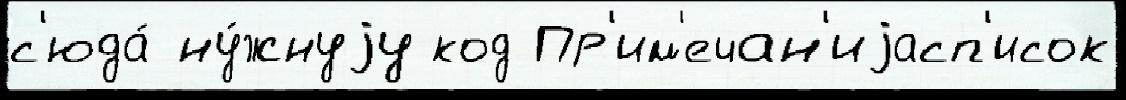
с'юда́ ну́жнуjу код Пр'им'ечан'иjасп'исок